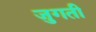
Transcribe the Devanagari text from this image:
जुगती